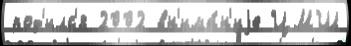
род'илс'я 2002 вн'има́н'иjе ЦМШ